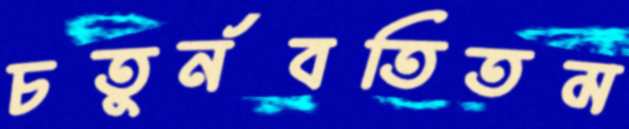
চতুর্নবতিতম